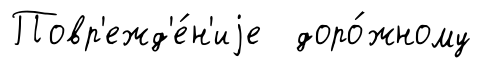
Повр'ежд'е́н'иjе доро́жному